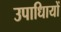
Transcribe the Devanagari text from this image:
उपाधिायों